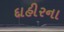
દાહીરના